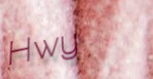
Hwy